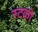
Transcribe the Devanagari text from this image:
स्टको